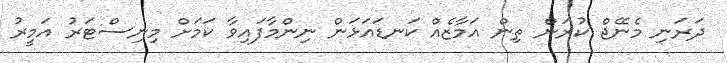
ދަރަނި މެނޭޖް ކުރަން ތިން އަމާޒެއް ކަނޑައަޅަން ނިންމާފައިވާ ކަމަށް މިނިސްޓަރު އަމީރު